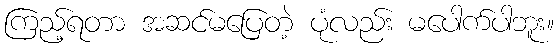
ကြည့်ရတာ အဆင်မပြေတဲ့ ပုံလည်း မပေါက်ပါဘူး။